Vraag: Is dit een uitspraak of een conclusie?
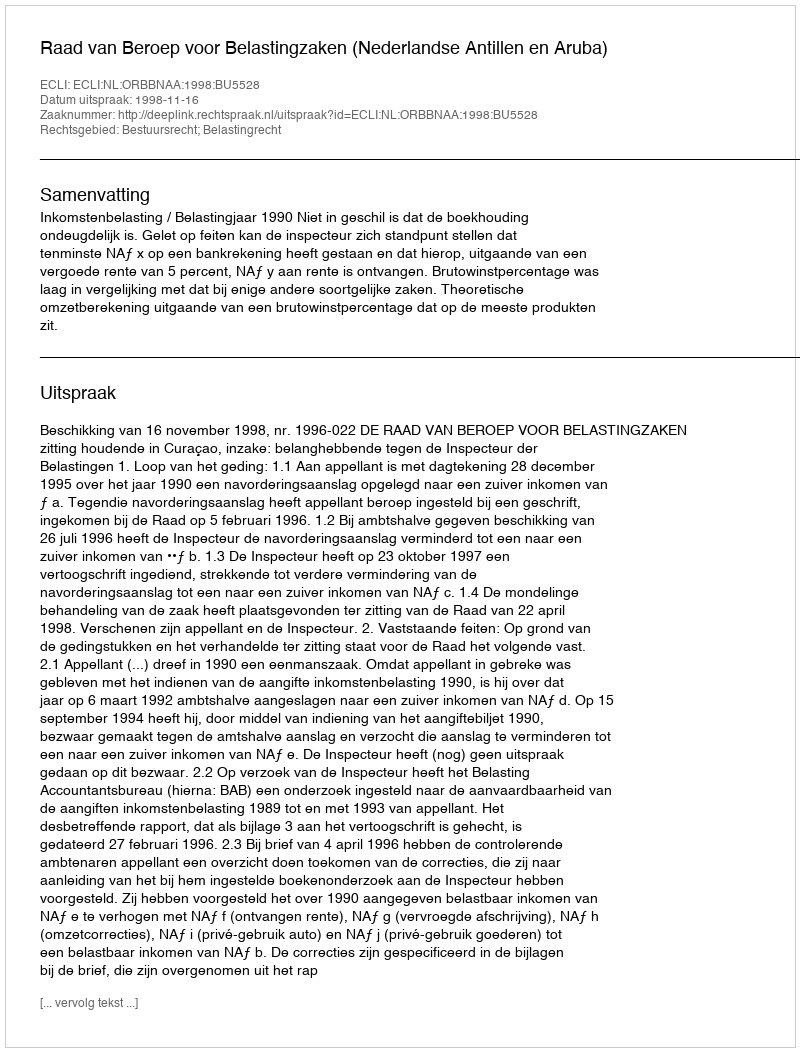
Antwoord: Uitspraak